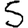
Digit: 5